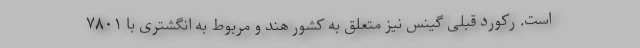
است. رکورد قبلی گینس نیز متعلق به کشور هند و مربوط به انگشتری با ۷۸۰۱